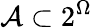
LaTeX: \mathcal A\subset 2^{\Omega}